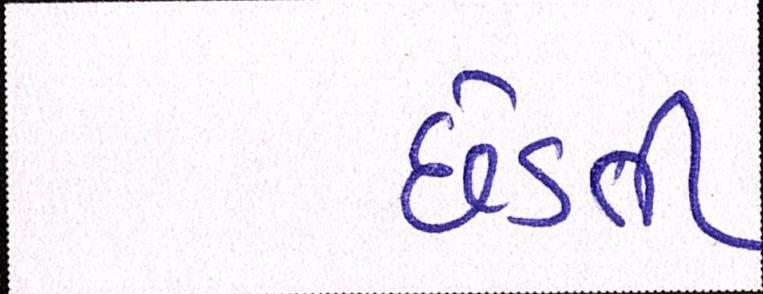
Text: છેડતી